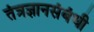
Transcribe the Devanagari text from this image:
तंत्रज्ञानसंबंधी